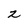
Character: z